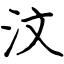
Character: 汶